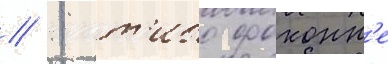
// 1 т'ибо фоконн'е